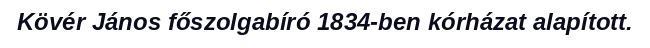
Kövér János főszolgabíró 1834-ben kórházat alapított.